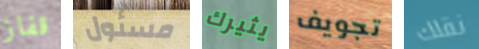
قفاز مسئول يثيرك تجويف نقلك